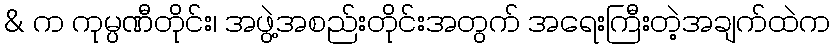
& က ကုမ္ပဏီတိုင်း၊ အဖွဲ့အစည်းတိုင်းအတွက် အရေးကြီးတဲ့အချက်ထဲက